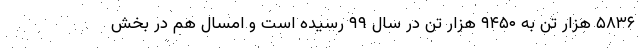
۵۸۳۶ هزار تن به ۹۴۵۰ هزار تن در سال ۹۹ رسیده است و امسال هم در بخش